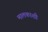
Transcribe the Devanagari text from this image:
मालकाशी